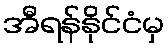
အီရန်နိုင်ငံမှ